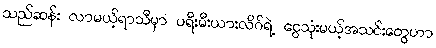
သည်ဆန်း လာမယ့်ရာသီမှာ ပရီးမီးယားလိဂ်ရဲ့ ငွေသုံးမယ့်အသင်းတွေဟာ